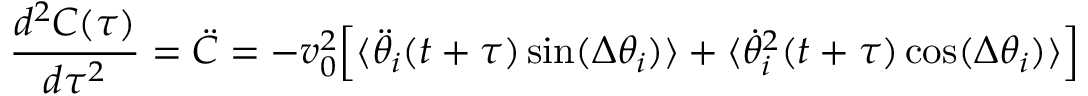
{ \frac { d ^ { 2 } C ( \tau ) } { d \tau ^ { 2 } } } = \ddot { C } = - v _ { 0 } ^ { 2 } \Big [ \langle \ddot { \theta } _ { i } ( t + \tau ) \, \mathrm { s i n } ( \Delta \theta _ { i } ) \rangle + \langle \dot { \theta } _ { i } ^ { 2 } ( t + \tau ) \, \mathrm { c o s } ( \Delta \theta _ { i } ) \rangle \Big ]